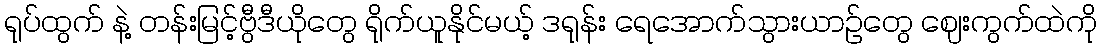
ရုပ်ထွက် နဲ့ တန်းမြင့်ဗွီဒီယိုတွေ ရိုက်ယူနိုင်မယ့် ဒရုန်း ရေအောက်သွားယာဉ်တွေ ဈေးကွက်ထဲကို